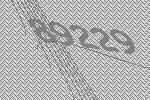
89229